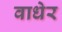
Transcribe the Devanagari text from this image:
वाधेर